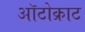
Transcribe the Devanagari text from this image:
ऑटोक्राट